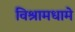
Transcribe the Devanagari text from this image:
विश्रामधामे